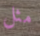
مثل